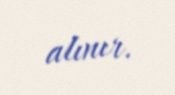
alınır.